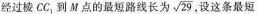
经过棱CC_{1}到M点的最短路线长为 \sqrt{29} 设这条最短路